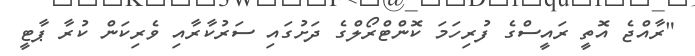
"ރާއްޖެ އޮތީ ރައީސްގެ ފުރިހަމަ ކޮންޓްރޯލްގެ ދަށުގައި ސަރުކާރާއި ވެރިކަން ކުރާ ޕާޓީ